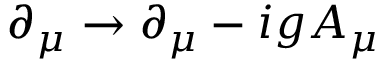
\partial _ { \mu } \rightarrow \partial _ { \mu } - i g A _ { \mu }